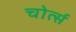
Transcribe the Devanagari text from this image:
चोर्त्स